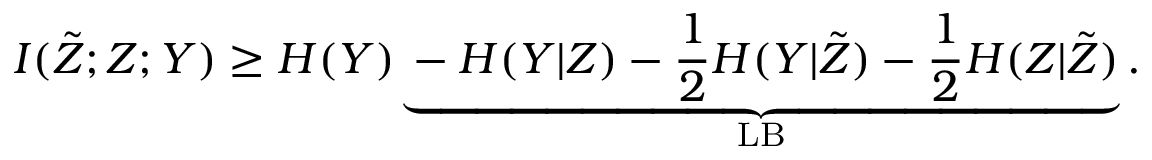
I ( \tilde { Z } ; Z ; Y ) \ge H ( Y ) \underbrace { - H ( Y \vert Z ) - \frac { 1 } { 2 } H ( Y \vert \tilde { Z } ) - \frac { 1 } { 2 } H ( Z \vert \tilde { Z } ) } _ { \mathrm { L B } } .